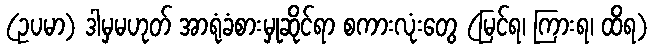
(ဥပမာ) ဒါမှမဟုတ် အာရုံခံစားမှုဆိုင်ရာ စကားလုံးတွေ (မြင်ရ၊ ကြားရ၊ ထိရ)